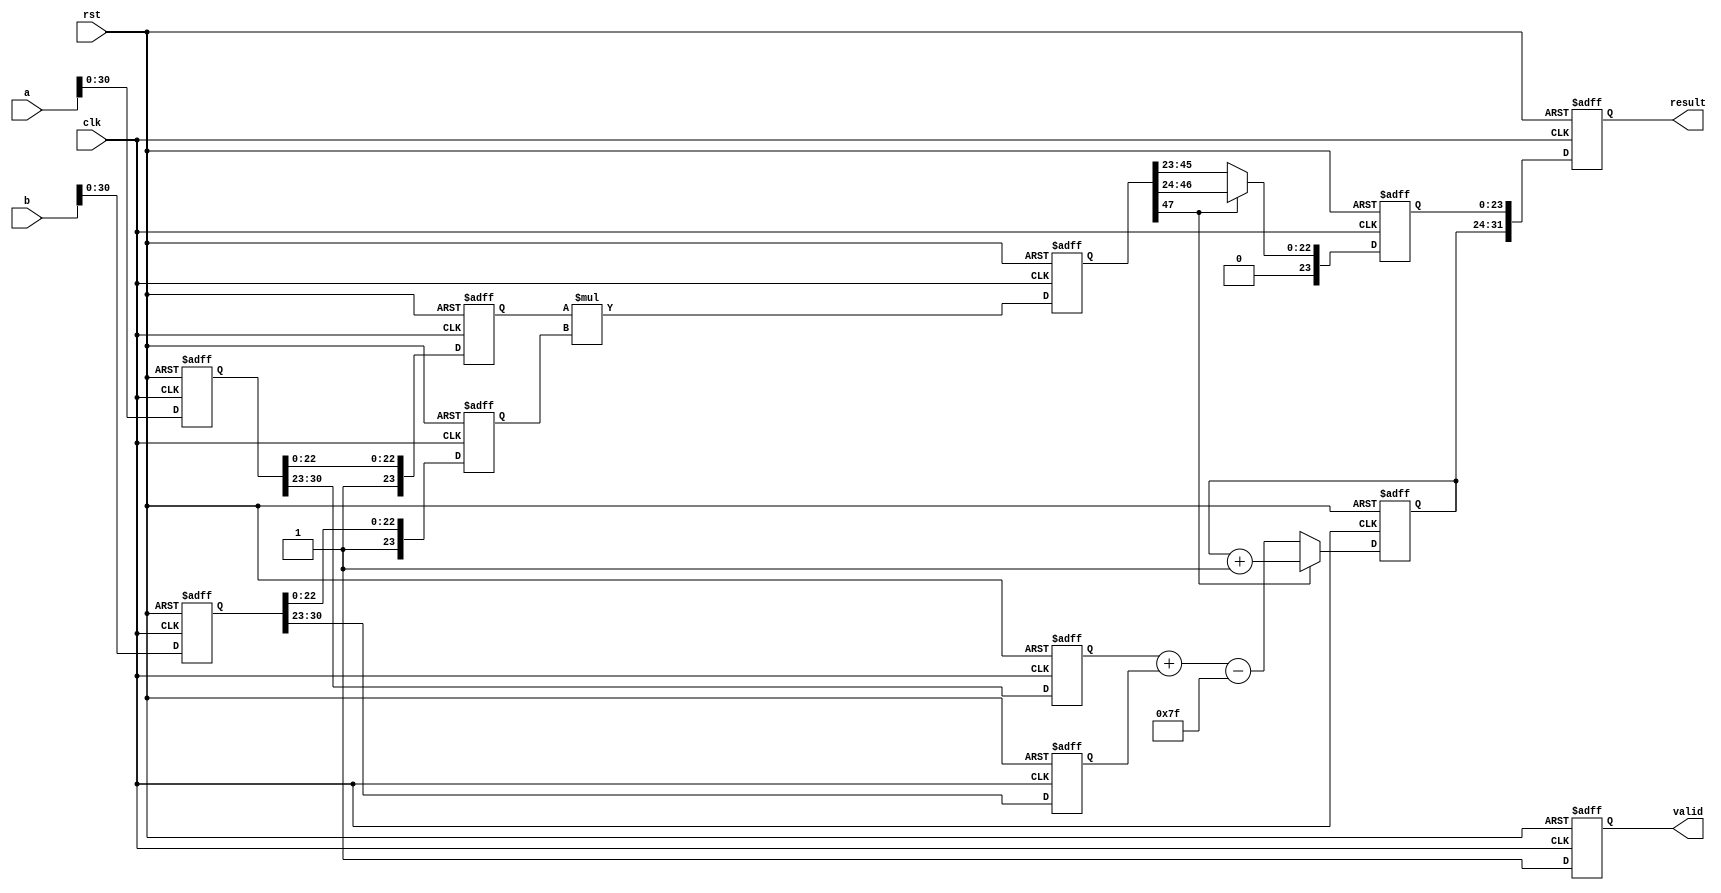
module pipelined_fp_multiplier (
    input clk,
    input rst,
    input [31:0] a, // First operand
    input [31:0] b, // Second operand
    output reg [31:0] result, // Result of multiplication
    output reg valid // Output valid signal
);

    // Pipeline registers
    reg [31:0] stage1_a, stage1_b; // Input Stage
    reg [23:0] stage2_m1, stage2_m2; // Normalization Stage
    reg [7:0] stage2_e1, stage2_e2; // Normalization Stage
    reg [47:0] stage3_mul; // Multiplication Stage
    reg [7:0] stage4_exp; // Exponent Calculation Stage
    reg [23:0] stage5_m; // Normalization Output Stage
    reg stage5_sign; // Output sign

    reg [7:0] bias = 8'd127; // Bias for single precision

    always @(posedge clk or posedge rst) begin
        if (rst) begin
            // Reset pipeline registers
            stage1_a <= 0;
            stage1_b <= 0;
            stage2_m1 <= 0;
            stage2_m2 <= 0;
            stage2_e1 <= 0;
            stage2_e2 <= 0;
            stage3_mul <= 0;
            stage4_exp <= 0;
            stage5_m <= 0;
            stage5_sign <= 0;
            result <= 0;
            valid <= 0;
        end else begin
            // Input Stage
            stage1_a <= a;
            stage1_b <= b;

            // Normalization Stage
            stage2_m1 <= {1'b1, stage1_a[22:0]}; // Normalize mantissa
            stage2_e1 <= stage1_a[30:23];
            stage2_m2 <= {1'b1, stage1_b[22:0]}; // Normalize mantissa
            stage2_e2 <= stage1_b[30:23];

            // Multiplication Stage
            stage3_mul <= stage2_m1 * stage2_m2;

            // Exponent Calculation Stage
            stage4_exp <= stage2_e1 + stage2_e2 - bias;

            // Normalization Output Stage
            if (stage3_mul[47] == 1'b1) begin // Check for overflow
                stage5_m <= stage3_mul[46:24]; // Shift right if overflow
                stage4_exp <= stage4_exp + 1;
            end else begin
                stage5_m <= stage3_mul[45:23]; // Normal output
            end
            stage5_sign <= stage1_a[31] ^ stage1_b[31]; // Sign bit

            // Output Stage
            result <= {stage5_sign, stage4_exp, stage5_m}; // Combine results
            valid <= 1'b1; // Signal that output is valid
        end
    end

endmodule